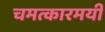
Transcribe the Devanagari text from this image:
चमत्कारमयी